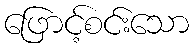
ဖြောင့်စင်းသော